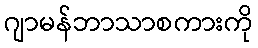
ဂျာမန်ဘာသာစကားကို